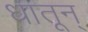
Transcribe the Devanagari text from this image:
धातून्